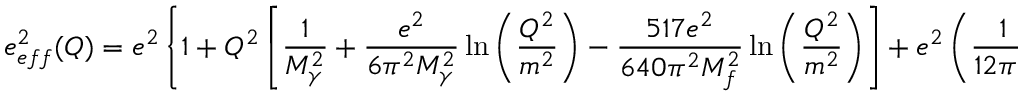
e _ { e f f } ^ { 2 } ( Q ) = e ^ { 2 } \left\lbrace 1 + Q ^ { 2 } \left[ \frac { 1 } { M _ { \gamma } ^ { 2 } } + \frac { e ^ { 2 } } { 6 \pi ^ { 2 } M _ { \gamma } ^ { 2 } } \ln \left( \frac { Q ^ { 2 } } { m ^ { 2 } } \right) - \frac { 5 1 7 e ^ { 2 } } { 6 4 0 \pi ^ { 2 } M _ { f } ^ { 2 } } \ln \left( \frac { Q ^ { 2 } } { m ^ { 2 } } \right) \right] + e ^ { 2 } \left( \frac { 1 } { 1 2 \pi ^ { 2 } } \ln \left( \frac { Q ^ { 2 } } { m ^ { 2 } } \right) \right) \right\rbrace